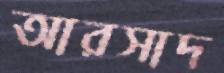
আরসাদ